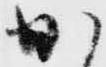
か